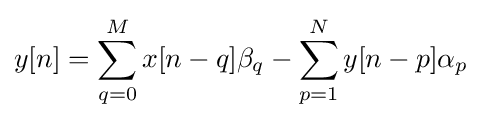
y[n]=\sum _{q=0}^{M}x[n-q]\beta _{q}-\sum _{p=1}^{N}y[n-p]\alpha _{p}